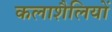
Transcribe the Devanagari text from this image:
कलाशैलियों